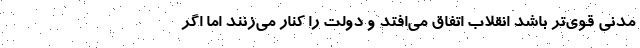
مدنی قوی‌تر باشد انقلاب اتفاق می‌افتد و دولت را کنار می‌زنند اما اگر